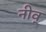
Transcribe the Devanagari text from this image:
नीव्